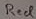
Text: Red